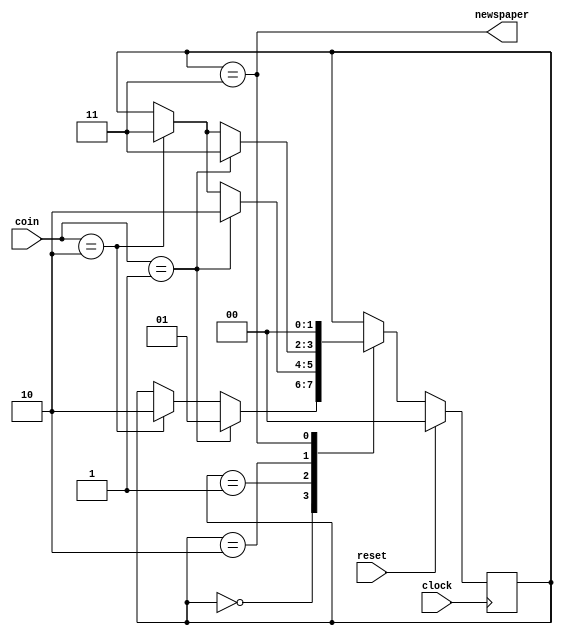
//
//-------------------------------------------------------------------------------------------------
// This is an example to show you how to write simple Verilog HDL program.
// Copy right belongs to SCSE of BUAA, 2013
//-------------------------------------------------------------------------------------------------
// Title        : Newspaper vending machine
//-------------------------------------------------------------------------------------------------
// Description  : 
// Note         : 
//-------------------------------------------------------------------------------------------------

module vend_ctrl( coin, clock, reset, newspaper ) ;
    input   [1:0]   coin ;                              // XXXX
    input           clock ;                             // system clock
    input           reset ;                             // synchronous reset
    output          newspaper ;                         // XXXX
    wire            newspaper ;                         
    
    // variables declaration
    reg     [1:0]   fsm_state ;                         // XXXX
    
    // codes of state mechine
    parameter   S0  = 2'b00 ;                           // XXXX
    parameter   S5  = 2'b01 ;                           // XXXX
    parameter   S10 = 2'b10 ;                           // XXXX
    parameter   S15 = 2'b11 ;                           // XXXX
    // XXXX
    parameter   COIN_0  = 2'b00 ;                       // XXXX
    parameter   COIN_5  = 2'b01 ;                       // XXXX
    parameter   COIN_10 = 2'b10 ;                       // XXXX

    // 
    assign  newspaper = (fsm_state == S15) ;            // XXXX
    
    //
    always  @( posedge clock )
        if ( reset )
            fsm_state <= S0 ;                                           // XXXX
        else
            case ( fsm_state ) 
                S0  :   if      ( coin == COIN_5 )  fsm_state <= S5 ;   // S0 --> S5 : get a 5-cent coin
                        else if ( coin == COIN_10 ) fsm_state <= S10 ;  // XXXX
                S5  :   if      ( coin == COIN_5 )   fsm_state <= S10 ;  // XXXX
                        else if ( coin == COIN_10 )  fsm_state <= S15 ;  // XXXX
                S10 :   if      ( coin == COIN_5 )  fsm_state <= S15 ;  // XXXX
                        else if ( coin == COIN_10 ) fsm_state <= S15 ;  // XXXX
                S15 :   fsm_state  <= S0 ;                              // XXXX
                default : fsm_state <= S0 ;                             // XXXX
            endcase

endmodule